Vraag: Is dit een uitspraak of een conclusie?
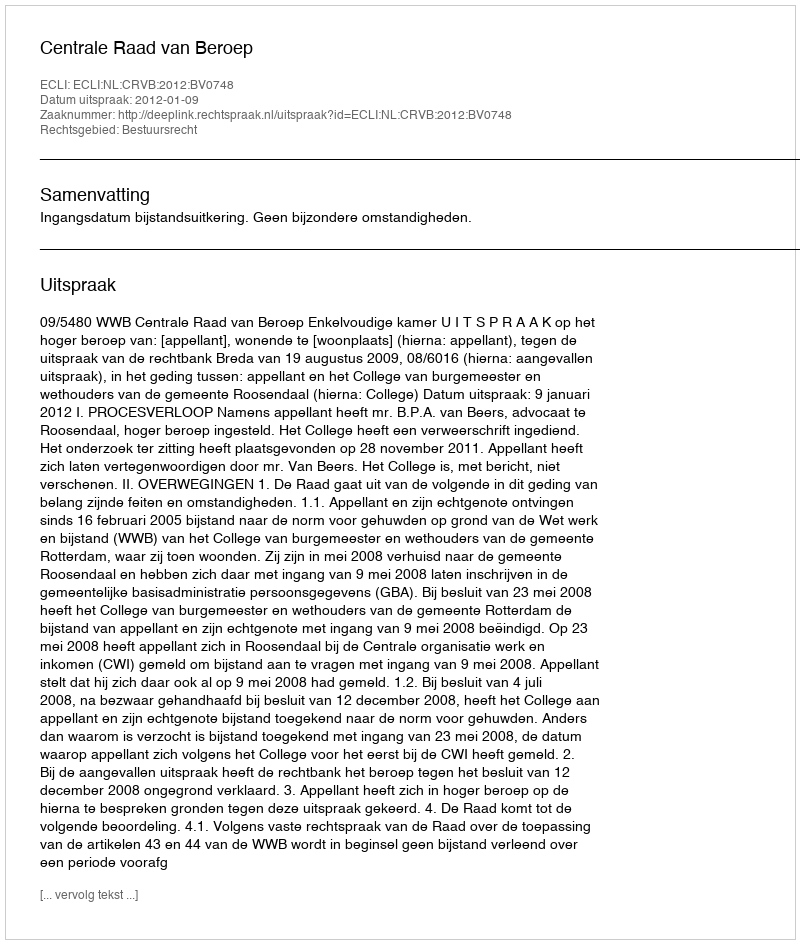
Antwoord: Uitspraak